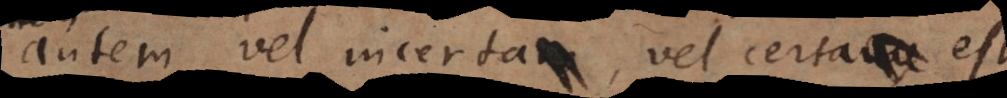
autem vel incerta vel certa est.